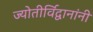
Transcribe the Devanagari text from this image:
ज्योतीर्विद्वानांनी